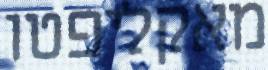
מאקליפטו